Plague in India, 1896, 1897 - Volume 2
Year: 1896
Disease focus: Plague
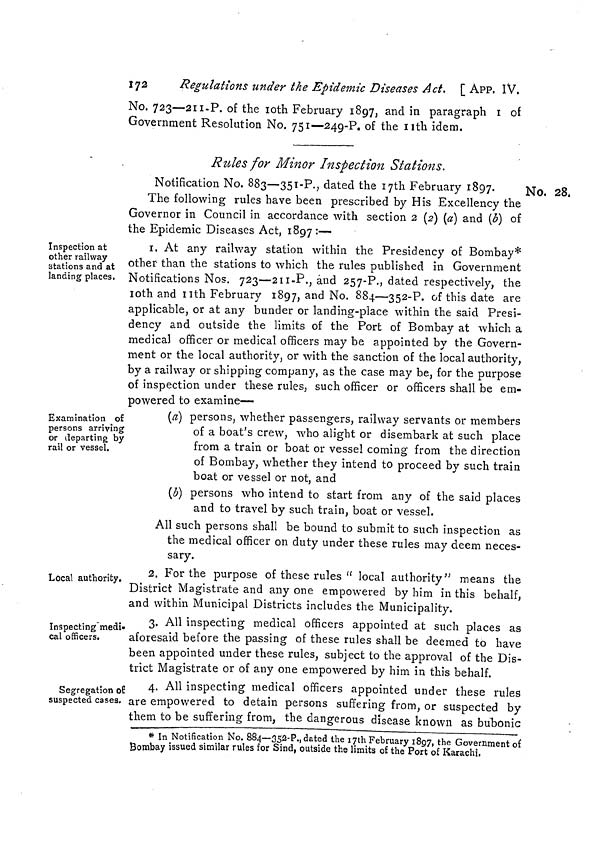
172
Regulations under the Epidemic Diseases Act. [ APP. IV.
No, 723—211-P. of the 10th February 1897, and in paragraph 1 of
Government Resolution No. 751—249-?. of the nth idem.
Rules for Minor Inspection Stations.
No. 28.
Notification No. 883—351-P., dated the I7th February 1897.
The following rules have been prescribed by His Excellency the
Governor in Council in accordance with section 2 (2) (a) and (b} of
the Epidemic Diseases Act. 1897:—
Inspection at
other railway
stations and at
landing places.
1. At any railway station within the Presidency of Bombay*
other than the stations to which the rules published in Government
Notifications Nos. 723—211-P., and 257-P., dated respectively, the
10th and 11th February 1897, and No. 884—352-P. of this date are
applicable, or at any bunder or landing-place within the said Presi-
dency and outside the limits of the Port of Bombay at which a
medical officer or medical officers may be appointed by the Govern-
ment or the local authority, or with the sanction of the local authority,
by a railway or shipping company, as the case may be, for the purpose
of inspection under these rules, such officer or officers shall be em-
powered to examine—
Examination of
persons arriving
or departing by
rail or vessel.
(a) persons, whether passengers, railway servants or members
of a boat's crew, who alight or disembark at such place
from a train or boat or vessel coming from the direction
of Bombay, whether they intend to proceed by such train
boat or vessel or not, and
(b) persons who intend to start from any of the said places
and to travel by such train, boat or vessel.
All such persons shall be bound to submit to such inspection as
the medical officer on duty under these rules may deem neces-
sary.
Local authority.
2. For the purpose of these rules " local authority" means the
District Magistrate and any one empowered by him in this behalf,
and within Municipal Districts includes the Municipality.
Inspecting'medi-
cal officers.
3. All inspecting medical officers appointed at such places as
aforesaid before the passing of these rules shall be deemed to have
been appointed under these rules, subject to the approval of the Dis-
trict Magistrate or of any one empowered by him in this behalf.
Segregation of
suspected cases.
4. All inspecting medical officers appointed under these rules
are empowered to detain persons suffering from, or suspected by
them to be suffering from, the dangerous disease known as bubonic
* In Notification No. 884—352-P., dated the 17th February 1897, the Government of
Bombay issued similar rules for Sind, outside the limits of the Port of Karachi.